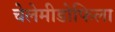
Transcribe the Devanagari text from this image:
चेलेमीडोफिला